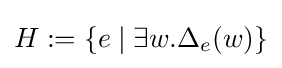
H:=\{e\mid \exists w.\Delta _{e}(w)\}